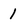
Character: 1